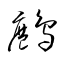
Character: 鷓